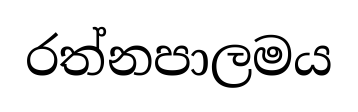
රත්නපාලමය